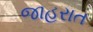
જાહરાત